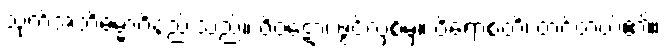
သုတ်အဘိဓမ္မာဝိနည်းသည်။ ဝိဝဋော၊ ဖွင့်လှစ်မှ။ ဝိရောစတိ၊ တင့်တယ်၏။